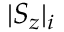
| S _ { z } | _ { i }